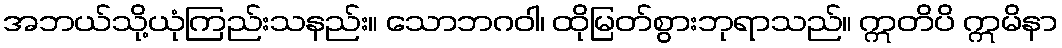
အဘယ်သို့ယုံကြည်းသနည်း။ သောဘဂဝါ၊ ထိုမြတ်စွားဘုရာသည်။ ဣတိပိ ဣမိနာ